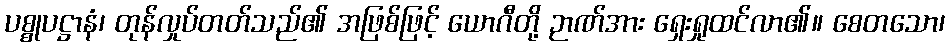
ပစ္စုပဋ္ဌာနံ၊ တုန်လှုပ်တတ်သည်၏ အဖြစ်ဖြင့် ယောဂီတို့ ဉာဏ်အား ရှေးရှုထင်လာ၏။ စေတသော၊